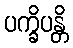
ပက္ခိပန္တိ